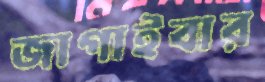
জাগাইবার